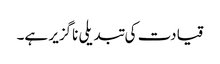
قیادت کی تبدیلی ناگزیر ہے۔